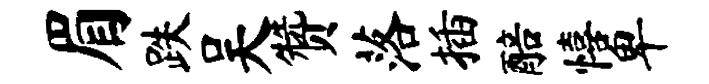
眉跌吴赞落插醅僖卑